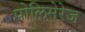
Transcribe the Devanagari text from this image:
पोलिमेरेज